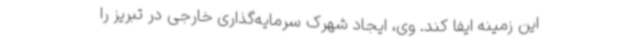
این زمینه ایفا کند. وی، ایجاد شهرک سرمایه‌گذاری خارجی در تبریز را